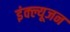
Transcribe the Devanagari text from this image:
इंक्ल्यूजन